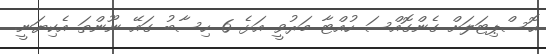
ޙޮސްޕިޓަލަށް ގެންގޮއްސަ ހުއްޓާ މަރުވީ އަޅެ 6 ހިސާބު ގައޭ ނޫންތަ އެކިޔަނީ.